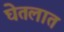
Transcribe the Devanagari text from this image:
घेतलात